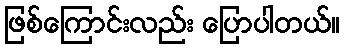
ဖြစ်ကြောင်းလည်း ပြောပါတယ်။